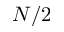
N / 2